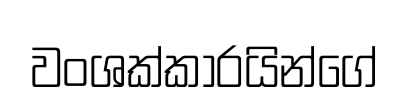
වංශක්කාරයින්ගේ